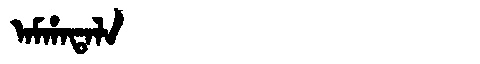
Manchu: ᠠᠮᡥᠠᡨᠠᠯᠠ
Romanization: AMHATALA